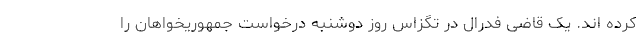
کرده اند. یک قاضی فدرال در تگزاس روز دوشنبه درخواست جمهوریخواهان را